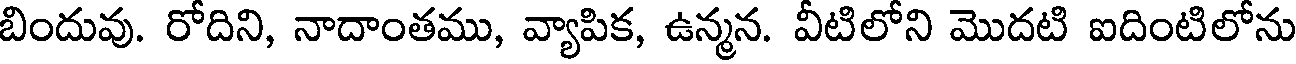
బిందువు. రోదిని, నాదాంతము, వ్యాపిక, ఉన్మన. వీటిలోని మొదటి ఐదింటిలోను